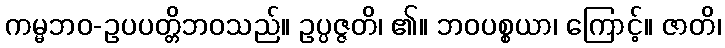
ကမ္မဘဝ-ဥပပတ္တိဘဝသည်။ ဥပ္ပဇ္ဇတိ၊ ၏။ ဘဝပစ္စယာ၊ ကြောင့်။ ဇာတိ၊